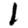
Digit: 1